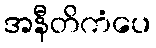
အနီတိကံပေ